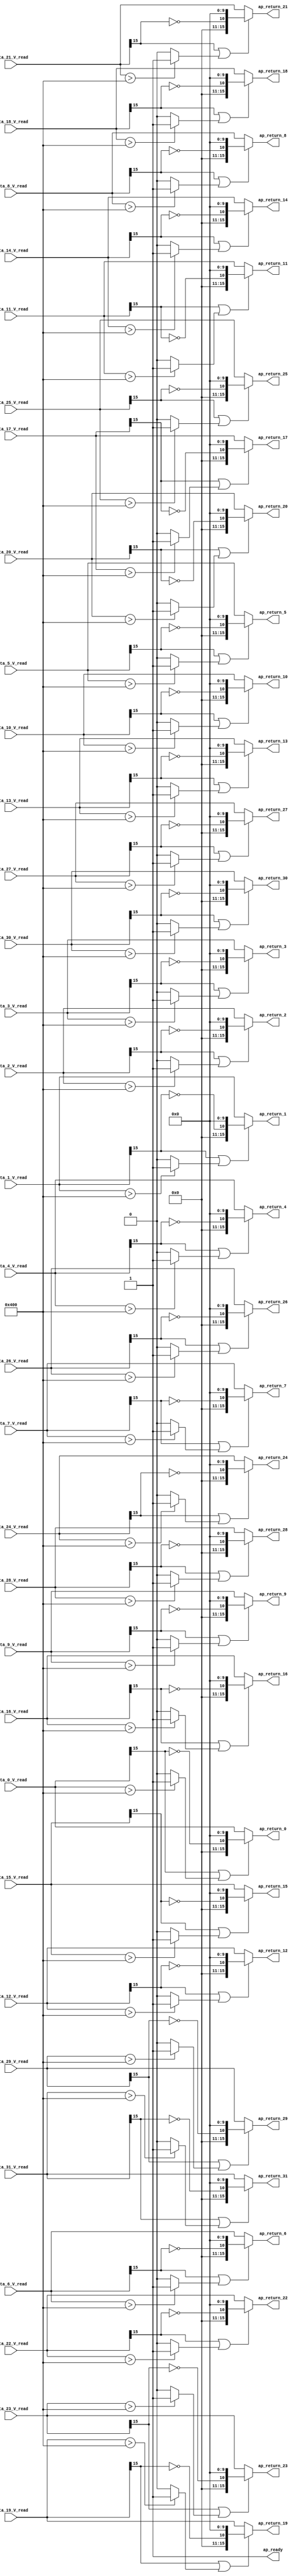

module relu_max_ap_fixed_ap_fixed_1_relu1_config9_s (
        ap_ready,
        data_0_V_read,
        data_1_V_read,
        data_2_V_read,
        data_3_V_read,
        data_4_V_read,
        data_5_V_read,
        data_6_V_read,
        data_7_V_read,
        data_8_V_read,
        data_9_V_read,
        data_10_V_read,
        data_11_V_read,
        data_12_V_read,
        data_13_V_read,
        data_14_V_read,
        data_15_V_read,
        data_16_V_read,
        data_17_V_read,
        data_18_V_read,
        data_19_V_read,
        data_20_V_read,
        data_21_V_read,
        data_22_V_read,
        data_23_V_read,
        data_24_V_read,
        data_25_V_read,
        data_26_V_read,
        data_27_V_read,
        data_28_V_read,
        data_29_V_read,
        data_30_V_read,
        data_31_V_read,
        ap_return_0,
        ap_return_1,
        ap_return_2,
        ap_return_3,
        ap_return_4,
        ap_return_5,
        ap_return_6,
        ap_return_7,
        ap_return_8,
        ap_return_9,
        ap_return_10,
        ap_return_11,
        ap_return_12,
        ap_return_13,
        ap_return_14,
        ap_return_15,
        ap_return_16,
        ap_return_17,
        ap_return_18,
        ap_return_19,
        ap_return_20,
        ap_return_21,
        ap_return_22,
        ap_return_23,
        ap_return_24,
        ap_return_25,
        ap_return_26,
        ap_return_27,
        ap_return_28,
        ap_return_29,
        ap_return_30,
        ap_return_31
);


output   ap_ready;
input  [15:0] data_0_V_read;
input  [15:0] data_1_V_read;
input  [15:0] data_2_V_read;
input  [15:0] data_3_V_read;
input  [15:0] data_4_V_read;
input  [15:0] data_5_V_read;
input  [15:0] data_6_V_read;
input  [15:0] data_7_V_read;
input  [15:0] data_8_V_read;
input  [15:0] data_9_V_read;
input  [15:0] data_10_V_read;
input  [15:0] data_11_V_read;
input  [15:0] data_12_V_read;
input  [15:0] data_13_V_read;
input  [15:0] data_14_V_read;
input  [15:0] data_15_V_read;
input  [15:0] data_16_V_read;
input  [15:0] data_17_V_read;
input  [15:0] data_18_V_read;
input  [15:0] data_19_V_read;
input  [15:0] data_20_V_read;
input  [15:0] data_21_V_read;
input  [15:0] data_22_V_read;
input  [15:0] data_23_V_read;
input  [15:0] data_24_V_read;
input  [15:0] data_25_V_read;
input  [15:0] data_26_V_read;
input  [15:0] data_27_V_read;
input  [15:0] data_28_V_read;
input  [15:0] data_29_V_read;
input  [15:0] data_30_V_read;
input  [15:0] data_31_V_read;
output  [15:0] ap_return_0;
output  [15:0] ap_return_1;
output  [15:0] ap_return_2;
output  [15:0] ap_return_3;
output  [15:0] ap_return_4;
output  [15:0] ap_return_5;
output  [15:0] ap_return_6;
output  [15:0] ap_return_7;
output  [15:0] ap_return_8;
output  [15:0] ap_return_9;
output  [15:0] ap_return_10;
output  [15:0] ap_return_11;
output  [15:0] ap_return_12;
output  [15:0] ap_return_13;
output  [15:0] ap_return_14;
output  [15:0] ap_return_15;
output  [15:0] ap_return_16;
output  [15:0] ap_return_17;
output  [15:0] ap_return_18;
output  [15:0] ap_return_19;
output  [15:0] ap_return_20;
output  [15:0] ap_return_21;
output  [15:0] ap_return_22;
output  [15:0] ap_return_23;
output  [15:0] ap_return_24;
output  [15:0] ap_return_25;
output  [15:0] ap_return_26;
output  [15:0] ap_return_27;
output  [15:0] ap_return_28;
output  [15:0] ap_return_29;
output  [15:0] ap_return_30;
output  [15:0] ap_return_31;

wire   [0:0] tmp_2_fu_302_p3;
wire   [0:0] xor_ln1495_fu_310_p2;
wire   [10:0] tmp_3_fu_316_p3;
wire   [0:0] tmp_1_fu_288_p3;
wire   [0:0] icmp_ln1494_fu_296_p2;
wire   [0:0] or_ln1495_fu_328_p2;
wire   [15:0] zext_ln1495_fu_324_p1;
wire   [0:0] tmp_5_fu_356_p3;
wire   [0:0] xor_ln1495_1_fu_364_p2;
wire   [10:0] tmp_6_fu_370_p3;
wire   [0:0] tmp_4_fu_342_p3;
wire   [0:0] icmp_ln1494_1_fu_350_p2;
wire   [0:0] or_ln1495_1_fu_382_p2;
wire   [15:0] zext_ln1495_1_fu_378_p1;
wire   [0:0] tmp_8_fu_410_p3;
wire   [0:0] xor_ln1495_2_fu_418_p2;
wire   [10:0] tmp_9_fu_424_p3;
wire   [0:0] tmp_7_fu_396_p3;
wire   [0:0] icmp_ln1494_2_fu_404_p2;
wire   [0:0] or_ln1495_2_fu_436_p2;
wire   [15:0] zext_ln1495_2_fu_432_p1;
wire   [0:0] tmp_11_fu_464_p3;
wire   [0:0] xor_ln1495_3_fu_472_p2;
wire   [10:0] tmp_12_fu_478_p3;
wire   [0:0] tmp_10_fu_450_p3;
wire   [0:0] icmp_ln1494_3_fu_458_p2;
wire   [0:0] or_ln1495_3_fu_490_p2;
wire   [15:0] zext_ln1495_3_fu_486_p1;
wire   [0:0] tmp_14_fu_518_p3;
wire   [0:0] xor_ln1495_4_fu_526_p2;
wire   [10:0] tmp_15_fu_532_p3;
wire   [0:0] tmp_13_fu_504_p3;
wire   [0:0] icmp_ln1494_4_fu_512_p2;
wire   [0:0] or_ln1495_4_fu_544_p2;
wire   [15:0] zext_ln1495_4_fu_540_p1;
wire   [0:0] tmp_17_fu_572_p3;
wire   [0:0] xor_ln1495_5_fu_580_p2;
wire   [10:0] tmp_18_fu_586_p3;
wire   [0:0] tmp_16_fu_558_p3;
wire   [0:0] icmp_ln1494_5_fu_566_p2;
wire   [0:0] or_ln1495_5_fu_598_p2;
wire   [15:0] zext_ln1495_5_fu_594_p1;
wire   [0:0] tmp_20_fu_626_p3;
wire   [0:0] xor_ln1495_6_fu_634_p2;
wire   [10:0] tmp_21_fu_640_p3;
wire   [0:0] tmp_19_fu_612_p3;
wire   [0:0] icmp_ln1494_6_fu_620_p2;
wire   [0:0] or_ln1495_6_fu_652_p2;
wire   [15:0] zext_ln1495_6_fu_648_p1;
wire   [0:0] tmp_23_fu_680_p3;
wire   [0:0] xor_ln1495_7_fu_688_p2;
wire   [10:0] tmp_24_fu_694_p3;
wire   [0:0] tmp_22_fu_666_p3;
wire   [0:0] icmp_ln1494_7_fu_674_p2;
wire   [0:0] or_ln1495_7_fu_706_p2;
wire   [15:0] zext_ln1495_7_fu_702_p1;
wire   [0:0] tmp_26_fu_734_p3;
wire   [0:0] xor_ln1495_8_fu_742_p2;
wire   [10:0] tmp_27_fu_748_p3;
wire   [0:0] tmp_25_fu_720_p3;
wire   [0:0] icmp_ln1494_8_fu_728_p2;
wire   [0:0] or_ln1495_8_fu_760_p2;
wire   [15:0] zext_ln1495_8_fu_756_p1;
wire   [0:0] tmp_29_fu_788_p3;
wire   [0:0] xor_ln1495_9_fu_796_p2;
wire   [10:0] tmp_30_fu_802_p3;
wire   [0:0] tmp_28_fu_774_p3;
wire   [0:0] icmp_ln1494_9_fu_782_p2;
wire   [0:0] or_ln1495_9_fu_814_p2;
wire   [15:0] zext_ln1495_9_fu_810_p1;
wire   [0:0] tmp_32_fu_842_p3;
wire   [0:0] xor_ln1495_10_fu_850_p2;
wire   [10:0] tmp_33_fu_856_p3;
wire   [0:0] tmp_31_fu_828_p3;
wire   [0:0] icmp_ln1494_10_fu_836_p2;
wire   [0:0] or_ln1495_10_fu_868_p2;
wire   [15:0] zext_ln1495_10_fu_864_p1;
wire   [0:0] tmp_35_fu_896_p3;
wire   [0:0] xor_ln1495_11_fu_904_p2;
wire   [10:0] tmp_36_fu_910_p3;
wire   [0:0] tmp_34_fu_882_p3;
wire   [0:0] icmp_ln1494_11_fu_890_p2;
wire   [0:0] or_ln1495_11_fu_922_p2;
wire   [15:0] zext_ln1495_11_fu_918_p1;
wire   [0:0] tmp_38_fu_950_p3;
wire   [0:0] xor_ln1495_12_fu_958_p2;
wire   [10:0] tmp_39_fu_964_p3;
wire   [0:0] tmp_37_fu_936_p3;
wire   [0:0] icmp_ln1494_12_fu_944_p2;
wire   [0:0] or_ln1495_12_fu_976_p2;
wire   [15:0] zext_ln1495_12_fu_972_p1;
wire   [0:0] tmp_41_fu_1004_p3;
wire   [0:0] xor_ln1495_13_fu_1012_p2;
wire   [10:0] tmp_42_fu_1018_p3;
wire   [0:0] tmp_40_fu_990_p3;
wire   [0:0] icmp_ln1494_13_fu_998_p2;
wire   [0:0] or_ln1495_13_fu_1030_p2;
wire   [15:0] zext_ln1495_13_fu_1026_p1;
wire   [0:0] tmp_44_fu_1058_p3;
wire   [0:0] xor_ln1495_14_fu_1066_p2;
wire   [10:0] tmp_45_fu_1072_p3;
wire   [0:0] tmp_43_fu_1044_p3;
wire   [0:0] icmp_ln1494_14_fu_1052_p2;
wire   [0:0] or_ln1495_14_fu_1084_p2;
wire   [15:0] zext_ln1495_14_fu_1080_p1;
wire   [0:0] tmp_47_fu_1112_p3;
wire   [0:0] xor_ln1495_15_fu_1120_p2;
wire   [10:0] tmp_48_fu_1126_p3;
wire   [0:0] tmp_46_fu_1098_p3;
wire   [0:0] icmp_ln1494_15_fu_1106_p2;
wire   [0:0] or_ln1495_15_fu_1138_p2;
wire   [15:0] zext_ln1495_15_fu_1134_p1;
wire   [0:0] tmp_50_fu_1166_p3;
wire   [0:0] xor_ln1495_16_fu_1174_p2;
wire   [10:0] tmp_51_fu_1180_p3;
wire   [0:0] tmp_49_fu_1152_p3;
wire   [0:0] icmp_ln1494_16_fu_1160_p2;
wire   [0:0] or_ln1495_16_fu_1192_p2;
wire   [15:0] zext_ln1495_16_fu_1188_p1;
wire   [0:0] tmp_53_fu_1220_p3;
wire   [0:0] xor_ln1495_17_fu_1228_p2;
wire   [10:0] tmp_54_fu_1234_p3;
wire   [0:0] tmp_52_fu_1206_p3;
wire   [0:0] icmp_ln1494_17_fu_1214_p2;
wire   [0:0] or_ln1495_17_fu_1246_p2;
wire   [15:0] zext_ln1495_17_fu_1242_p1;
wire   [0:0] tmp_56_fu_1274_p3;
wire   [0:0] xor_ln1495_18_fu_1282_p2;
wire   [10:0] tmp_57_fu_1288_p3;
wire   [0:0] tmp_55_fu_1260_p3;
wire   [0:0] icmp_ln1494_18_fu_1268_p2;
wire   [0:0] or_ln1495_18_fu_1300_p2;
wire   [15:0] zext_ln1495_18_fu_1296_p1;
wire   [0:0] tmp_59_fu_1328_p3;
wire   [0:0] xor_ln1495_19_fu_1336_p2;
wire   [10:0] tmp_60_fu_1342_p3;
wire   [0:0] tmp_58_fu_1314_p3;
wire   [0:0] icmp_ln1494_19_fu_1322_p2;
wire   [0:0] or_ln1495_19_fu_1354_p2;
wire   [15:0] zext_ln1495_19_fu_1350_p1;
wire   [0:0] tmp_62_fu_1382_p3;
wire   [0:0] xor_ln1495_20_fu_1390_p2;
wire   [10:0] tmp_63_fu_1396_p3;
wire   [0:0] tmp_61_fu_1368_p3;
wire   [0:0] icmp_ln1494_20_fu_1376_p2;
wire   [0:0] or_ln1495_20_fu_1408_p2;
wire   [15:0] zext_ln1495_20_fu_1404_p1;
wire   [0:0] tmp_65_fu_1436_p3;
wire   [0:0] xor_ln1495_21_fu_1444_p2;
wire   [10:0] tmp_66_fu_1450_p3;
wire   [0:0] tmp_64_fu_1422_p3;
wire   [0:0] icmp_ln1494_21_fu_1430_p2;
wire   [0:0] or_ln1495_21_fu_1462_p2;
wire   [15:0] zext_ln1495_21_fu_1458_p1;
wire   [0:0] tmp_68_fu_1490_p3;
wire   [0:0] xor_ln1495_22_fu_1498_p2;
wire   [10:0] tmp_69_fu_1504_p3;
wire   [0:0] tmp_67_fu_1476_p3;
wire   [0:0] icmp_ln1494_22_fu_1484_p2;
wire   [0:0] or_ln1495_22_fu_1516_p2;
wire   [15:0] zext_ln1495_22_fu_1512_p1;
wire   [0:0] tmp_71_fu_1544_p3;
wire   [0:0] xor_ln1495_23_fu_1552_p2;
wire   [10:0] tmp_72_fu_1558_p3;
wire   [0:0] tmp_70_fu_1530_p3;
wire   [0:0] icmp_ln1494_23_fu_1538_p2;
wire   [0:0] or_ln1495_23_fu_1570_p2;
wire   [15:0] zext_ln1495_23_fu_1566_p1;
wire   [0:0] tmp_74_fu_1598_p3;
wire   [0:0] xor_ln1495_24_fu_1606_p2;
wire   [10:0] tmp_75_fu_1612_p3;
wire   [0:0] tmp_73_fu_1584_p3;
wire   [0:0] icmp_ln1494_24_fu_1592_p2;
wire   [0:0] or_ln1495_24_fu_1624_p2;
wire   [15:0] zext_ln1495_24_fu_1620_p1;
wire   [0:0] tmp_77_fu_1652_p3;
wire   [0:0] xor_ln1495_25_fu_1660_p2;
wire   [10:0] tmp_78_fu_1666_p3;
wire   [0:0] tmp_76_fu_1638_p3;
wire   [0:0] icmp_ln1494_25_fu_1646_p2;
wire   [0:0] or_ln1495_25_fu_1678_p2;
wire   [15:0] zext_ln1495_25_fu_1674_p1;
wire   [0:0] tmp_80_fu_1706_p3;
wire   [0:0] xor_ln1495_26_fu_1714_p2;
wire   [10:0] tmp_81_fu_1720_p3;
wire   [0:0] tmp_79_fu_1692_p3;
wire   [0:0] icmp_ln1494_26_fu_1700_p2;
wire   [0:0] or_ln1495_26_fu_1732_p2;
wire   [15:0] zext_ln1495_26_fu_1728_p1;
wire   [0:0] tmp_83_fu_1760_p3;
wire   [0:0] xor_ln1495_27_fu_1768_p2;
wire   [10:0] tmp_84_fu_1774_p3;
wire   [0:0] tmp_82_fu_1746_p3;
wire   [0:0] icmp_ln1494_27_fu_1754_p2;
wire   [0:0] or_ln1495_27_fu_1786_p2;
wire   [15:0] zext_ln1495_27_fu_1782_p1;
wire   [0:0] tmp_86_fu_1814_p3;
wire   [0:0] xor_ln1495_28_fu_1822_p2;
wire   [10:0] tmp_87_fu_1828_p3;
wire   [0:0] tmp_85_fu_1800_p3;
wire   [0:0] icmp_ln1494_28_fu_1808_p2;
wire   [0:0] or_ln1495_28_fu_1840_p2;
wire   [15:0] zext_ln1495_28_fu_1836_p1;
wire   [0:0] tmp_89_fu_1868_p3;
wire   [0:0] xor_ln1495_29_fu_1876_p2;
wire   [10:0] tmp_90_fu_1882_p3;
wire   [0:0] tmp_88_fu_1854_p3;
wire   [0:0] icmp_ln1494_29_fu_1862_p2;
wire   [0:0] or_ln1495_29_fu_1894_p2;
wire   [15:0] zext_ln1495_29_fu_1890_p1;
wire   [0:0] tmp_92_fu_1922_p3;
wire   [0:0] xor_ln1495_30_fu_1930_p2;
wire   [10:0] tmp_93_fu_1936_p3;
wire   [0:0] tmp_91_fu_1908_p3;
wire   [0:0] icmp_ln1494_30_fu_1916_p2;
wire   [0:0] or_ln1495_30_fu_1948_p2;
wire   [15:0] zext_ln1495_30_fu_1944_p1;
wire   [0:0] tmp_95_fu_1976_p3;
wire   [0:0] xor_ln1495_31_fu_1984_p2;
wire   [10:0] tmp_96_fu_1990_p3;
wire   [0:0] tmp_94_fu_1962_p3;
wire   [0:0] icmp_ln1494_31_fu_1970_p2;
wire   [0:0] or_ln1495_31_fu_2002_p2;
wire   [15:0] zext_ln1495_31_fu_1998_p1;
wire   [15:0] select_ln1495_fu_334_p3;
wire   [15:0] select_ln1495_1_fu_388_p3;
wire   [15:0] select_ln1495_2_fu_442_p3;
wire   [15:0] select_ln1495_3_fu_496_p3;
wire   [15:0] select_ln1495_4_fu_550_p3;
wire   [15:0] select_ln1495_5_fu_604_p3;
wire   [15:0] select_ln1495_6_fu_658_p3;
wire   [15:0] select_ln1495_7_fu_712_p3;
wire   [15:0] select_ln1495_8_fu_766_p3;
wire   [15:0] select_ln1495_9_fu_820_p3;
wire   [15:0] select_ln1495_10_fu_874_p3;
wire   [15:0] select_ln1495_11_fu_928_p3;
wire   [15:0] select_ln1495_12_fu_982_p3;
wire   [15:0] select_ln1495_13_fu_1036_p3;
wire   [15:0] select_ln1495_14_fu_1090_p3;
wire   [15:0] select_ln1495_15_fu_1144_p3;
wire   [15:0] select_ln1495_16_fu_1198_p3;
wire   [15:0] select_ln1495_17_fu_1252_p3;
wire   [15:0] select_ln1495_18_fu_1306_p3;
wire   [15:0] select_ln1495_19_fu_1360_p3;
wire   [15:0] select_ln1495_20_fu_1414_p3;
wire   [15:0] select_ln1495_21_fu_1468_p3;
wire   [15:0] select_ln1495_22_fu_1522_p3;
wire   [15:0] select_ln1495_23_fu_1576_p3;
wire   [15:0] select_ln1495_24_fu_1630_p3;
wire   [15:0] select_ln1495_25_fu_1684_p3;
wire   [15:0] select_ln1495_26_fu_1738_p3;
wire   [15:0] select_ln1495_27_fu_1792_p3;
wire   [15:0] select_ln1495_28_fu_1846_p3;
wire   [15:0] select_ln1495_29_fu_1900_p3;
wire   [15:0] select_ln1495_30_fu_1954_p3;
wire   [15:0] select_ln1495_31_fu_2008_p3;

assign ap_ready = 1'b1;

assign ap_return_0 = select_ln1495_fu_334_p3;

assign ap_return_1 = select_ln1495_1_fu_388_p3;

assign ap_return_10 = select_ln1495_10_fu_874_p3;

assign ap_return_11 = select_ln1495_11_fu_928_p3;

assign ap_return_12 = select_ln1495_12_fu_982_p3;

assign ap_return_13 = select_ln1495_13_fu_1036_p3;

assign ap_return_14 = select_ln1495_14_fu_1090_p3;

assign ap_return_15 = select_ln1495_15_fu_1144_p3;

assign ap_return_16 = select_ln1495_16_fu_1198_p3;

assign ap_return_17 = select_ln1495_17_fu_1252_p3;

assign ap_return_18 = select_ln1495_18_fu_1306_p3;

assign ap_return_19 = select_ln1495_19_fu_1360_p3;

assign ap_return_2 = select_ln1495_2_fu_442_p3;

assign ap_return_20 = select_ln1495_20_fu_1414_p3;

assign ap_return_21 = select_ln1495_21_fu_1468_p3;

assign ap_return_22 = select_ln1495_22_fu_1522_p3;

assign ap_return_23 = select_ln1495_23_fu_1576_p3;

assign ap_return_24 = select_ln1495_24_fu_1630_p3;

assign ap_return_25 = select_ln1495_25_fu_1684_p3;

assign ap_return_26 = select_ln1495_26_fu_1738_p3;

assign ap_return_27 = select_ln1495_27_fu_1792_p3;

assign ap_return_28 = select_ln1495_28_fu_1846_p3;

assign ap_return_29 = select_ln1495_29_fu_1900_p3;

assign ap_return_3 = select_ln1495_3_fu_496_p3;

assign ap_return_30 = select_ln1495_30_fu_1954_p3;

assign ap_return_31 = select_ln1495_31_fu_2008_p3;

assign ap_return_4 = select_ln1495_4_fu_550_p3;

assign ap_return_5 = select_ln1495_5_fu_604_p3;

assign ap_return_6 = select_ln1495_6_fu_658_p3;

assign ap_return_7 = select_ln1495_7_fu_712_p3;

assign ap_return_8 = select_ln1495_8_fu_766_p3;

assign ap_return_9 = select_ln1495_9_fu_820_p3;

assign icmp_ln1494_10_fu_836_p2 = (((data_10_V_read) > (16'd1024)) ? 1'b1 : 1'b0);

assign icmp_ln1494_11_fu_890_p2 = (((data_11_V_read) > (16'd1024)) ? 1'b1 : 1'b0);

assign icmp_ln1494_12_fu_944_p2 = (((data_12_V_read) > (16'd1024)) ? 1'b1 : 1'b0);

assign icmp_ln1494_13_fu_998_p2 = (((data_13_V_read) > (16'd1024)) ? 1'b1 : 1'b0);

assign icmp_ln1494_14_fu_1052_p2 = (((data_14_V_read) > (16'd1024)) ? 1'b1 : 1'b0);

assign icmp_ln1494_15_fu_1106_p2 = (((data_15_V_read) > (16'd1024)) ? 1'b1 : 1'b0);

assign icmp_ln1494_16_fu_1160_p2 = (((data_16_V_read) > (16'd1024)) ? 1'b1 : 1'b0);

assign icmp_ln1494_17_fu_1214_p2 = (((data_17_V_read) > (16'd1024)) ? 1'b1 : 1'b0);

assign icmp_ln1494_18_fu_1268_p2 = (((data_18_V_read) > (16'd1024)) ? 1'b1 : 1'b0);

assign icmp_ln1494_19_fu_1322_p2 = (((data_19_V_read) > (16'd1024)) ? 1'b1 : 1'b0);

assign icmp_ln1494_1_fu_350_p2 = (((data_1_V_read) > (16'd1024)) ? 1'b1 : 1'b0);

assign icmp_ln1494_20_fu_1376_p2 = (((data_20_V_read) > (16'd1024)) ? 1'b1 : 1'b0);

assign icmp_ln1494_21_fu_1430_p2 = (((data_21_V_read) > (16'd1024)) ? 1'b1 : 1'b0);

assign icmp_ln1494_22_fu_1484_p2 = (((data_22_V_read) > (16'd1024)) ? 1'b1 : 1'b0);

assign icmp_ln1494_23_fu_1538_p2 = (((data_23_V_read) > (16'd1024)) ? 1'b1 : 1'b0);

assign icmp_ln1494_24_fu_1592_p2 = (((data_24_V_read) > (16'd1024)) ? 1'b1 : 1'b0);

assign icmp_ln1494_25_fu_1646_p2 = (((data_25_V_read) > (16'd1024)) ? 1'b1 : 1'b0);

assign icmp_ln1494_26_fu_1700_p2 = (((data_26_V_read) > (16'd1024)) ? 1'b1 : 1'b0);

assign icmp_ln1494_27_fu_1754_p2 = (((data_27_V_read) > (16'd1024)) ? 1'b1 : 1'b0);

assign icmp_ln1494_28_fu_1808_p2 = (((data_28_V_read) > (16'd1024)) ? 1'b1 : 1'b0);

assign icmp_ln1494_29_fu_1862_p2 = (((data_29_V_read) > (16'd1024)) ? 1'b1 : 1'b0);

assign icmp_ln1494_2_fu_404_p2 = (((data_2_V_read) > (16'd1024)) ? 1'b1 : 1'b0);

assign icmp_ln1494_30_fu_1916_p2 = (((data_30_V_read) > (16'd1024)) ? 1'b1 : 1'b0);

assign icmp_ln1494_31_fu_1970_p2 = (((data_31_V_read) > (16'd1024)) ? 1'b1 : 1'b0);

assign icmp_ln1494_3_fu_458_p2 = (((data_3_V_read) > (16'd1024)) ? 1'b1 : 1'b0);

assign icmp_ln1494_4_fu_512_p2 = (((data_4_V_read) > (16'd1024)) ? 1'b1 : 1'b0);

assign icmp_ln1494_5_fu_566_p2 = (((data_5_V_read) > (16'd1024)) ? 1'b1 : 1'b0);

assign icmp_ln1494_6_fu_620_p2 = (((data_6_V_read) > (16'd1024)) ? 1'b1 : 1'b0);

assign icmp_ln1494_7_fu_674_p2 = (((data_7_V_read) > (16'd1024)) ? 1'b1 : 1'b0);

assign icmp_ln1494_8_fu_728_p2 = (((data_8_V_read) > (16'd1024)) ? 1'b1 : 1'b0);

assign icmp_ln1494_9_fu_782_p2 = (((data_9_V_read) > (16'd1024)) ? 1'b1 : 1'b0);

assign icmp_ln1494_fu_296_p2 = (((data_0_V_read) > (16'd1024)) ? 1'b1 : 1'b0);

assign or_ln1495_10_fu_868_p2 = (tmp_31_fu_828_p3 | icmp_ln1494_10_fu_836_p2);

assign or_ln1495_11_fu_922_p2 = (tmp_34_fu_882_p3 | icmp_ln1494_11_fu_890_p2);

assign or_ln1495_12_fu_976_p2 = (tmp_37_fu_936_p3 | icmp_ln1494_12_fu_944_p2);

assign or_ln1495_13_fu_1030_p2 = (tmp_40_fu_990_p3 | icmp_ln1494_13_fu_998_p2);

assign or_ln1495_14_fu_1084_p2 = (tmp_43_fu_1044_p3 | icmp_ln1494_14_fu_1052_p2);

assign or_ln1495_15_fu_1138_p2 = (tmp_46_fu_1098_p3 | icmp_ln1494_15_fu_1106_p2);

assign or_ln1495_16_fu_1192_p2 = (tmp_49_fu_1152_p3 | icmp_ln1494_16_fu_1160_p2);

assign or_ln1495_17_fu_1246_p2 = (tmp_52_fu_1206_p3 | icmp_ln1494_17_fu_1214_p2);

assign or_ln1495_18_fu_1300_p2 = (tmp_55_fu_1260_p3 | icmp_ln1494_18_fu_1268_p2);

assign or_ln1495_19_fu_1354_p2 = (tmp_58_fu_1314_p3 | icmp_ln1494_19_fu_1322_p2);

assign or_ln1495_1_fu_382_p2 = (tmp_4_fu_342_p3 | icmp_ln1494_1_fu_350_p2);

assign or_ln1495_20_fu_1408_p2 = (tmp_61_fu_1368_p3 | icmp_ln1494_20_fu_1376_p2);

assign or_ln1495_21_fu_1462_p2 = (tmp_64_fu_1422_p3 | icmp_ln1494_21_fu_1430_p2);

assign or_ln1495_22_fu_1516_p2 = (tmp_67_fu_1476_p3 | icmp_ln1494_22_fu_1484_p2);

assign or_ln1495_23_fu_1570_p2 = (tmp_70_fu_1530_p3 | icmp_ln1494_23_fu_1538_p2);

assign or_ln1495_24_fu_1624_p2 = (tmp_73_fu_1584_p3 | icmp_ln1494_24_fu_1592_p2);

assign or_ln1495_25_fu_1678_p2 = (tmp_76_fu_1638_p3 | icmp_ln1494_25_fu_1646_p2);

assign or_ln1495_26_fu_1732_p2 = (tmp_79_fu_1692_p3 | icmp_ln1494_26_fu_1700_p2);

assign or_ln1495_27_fu_1786_p2 = (tmp_82_fu_1746_p3 | icmp_ln1494_27_fu_1754_p2);

assign or_ln1495_28_fu_1840_p2 = (tmp_85_fu_1800_p3 | icmp_ln1494_28_fu_1808_p2);

assign or_ln1495_29_fu_1894_p2 = (tmp_88_fu_1854_p3 | icmp_ln1494_29_fu_1862_p2);

assign or_ln1495_2_fu_436_p2 = (tmp_7_fu_396_p3 | icmp_ln1494_2_fu_404_p2);

assign or_ln1495_30_fu_1948_p2 = (tmp_91_fu_1908_p3 | icmp_ln1494_30_fu_1916_p2);

assign or_ln1495_31_fu_2002_p2 = (tmp_94_fu_1962_p3 | icmp_ln1494_31_fu_1970_p2);

assign or_ln1495_3_fu_490_p2 = (tmp_10_fu_450_p3 | icmp_ln1494_3_fu_458_p2);

assign or_ln1495_4_fu_544_p2 = (tmp_13_fu_504_p3 | icmp_ln1494_4_fu_512_p2);

assign or_ln1495_5_fu_598_p2 = (tmp_16_fu_558_p3 | icmp_ln1494_5_fu_566_p2);

assign or_ln1495_6_fu_652_p2 = (tmp_19_fu_612_p3 | icmp_ln1494_6_fu_620_p2);

assign or_ln1495_7_fu_706_p2 = (tmp_22_fu_666_p3 | icmp_ln1494_7_fu_674_p2);

assign or_ln1495_8_fu_760_p2 = (tmp_25_fu_720_p3 | icmp_ln1494_8_fu_728_p2);

assign or_ln1495_9_fu_814_p2 = (tmp_28_fu_774_p3 | icmp_ln1494_9_fu_782_p2);

assign or_ln1495_fu_328_p2 = (tmp_1_fu_288_p3 | icmp_ln1494_fu_296_p2);

assign select_ln1495_10_fu_874_p3 = ((or_ln1495_10_fu_868_p2[0:0] == 1'b1) ? zext_ln1495_10_fu_864_p1 : data_10_V_read);

assign select_ln1495_11_fu_928_p3 = ((or_ln1495_11_fu_922_p2[0:0] == 1'b1) ? zext_ln1495_11_fu_918_p1 : data_11_V_read);

assign select_ln1495_12_fu_982_p3 = ((or_ln1495_12_fu_976_p2[0:0] == 1'b1) ? zext_ln1495_12_fu_972_p1 : data_12_V_read);

assign select_ln1495_13_fu_1036_p3 = ((or_ln1495_13_fu_1030_p2[0:0] == 1'b1) ? zext_ln1495_13_fu_1026_p1 : data_13_V_read);

assign select_ln1495_14_fu_1090_p3 = ((or_ln1495_14_fu_1084_p2[0:0] == 1'b1) ? zext_ln1495_14_fu_1080_p1 : data_14_V_read);

assign select_ln1495_15_fu_1144_p3 = ((or_ln1495_15_fu_1138_p2[0:0] == 1'b1) ? zext_ln1495_15_fu_1134_p1 : data_15_V_read);

assign select_ln1495_16_fu_1198_p3 = ((or_ln1495_16_fu_1192_p2[0:0] == 1'b1) ? zext_ln1495_16_fu_1188_p1 : data_16_V_read);

assign select_ln1495_17_fu_1252_p3 = ((or_ln1495_17_fu_1246_p2[0:0] == 1'b1) ? zext_ln1495_17_fu_1242_p1 : data_17_V_read);

assign select_ln1495_18_fu_1306_p3 = ((or_ln1495_18_fu_1300_p2[0:0] == 1'b1) ? zext_ln1495_18_fu_1296_p1 : data_18_V_read);

assign select_ln1495_19_fu_1360_p3 = ((or_ln1495_19_fu_1354_p2[0:0] == 1'b1) ? zext_ln1495_19_fu_1350_p1 : data_19_V_read);

assign select_ln1495_1_fu_388_p3 = ((or_ln1495_1_fu_382_p2[0:0] == 1'b1) ? zext_ln1495_1_fu_378_p1 : data_1_V_read);

assign select_ln1495_20_fu_1414_p3 = ((or_ln1495_20_fu_1408_p2[0:0] == 1'b1) ? zext_ln1495_20_fu_1404_p1 : data_20_V_read);

assign select_ln1495_21_fu_1468_p3 = ((or_ln1495_21_fu_1462_p2[0:0] == 1'b1) ? zext_ln1495_21_fu_1458_p1 : data_21_V_read);

assign select_ln1495_22_fu_1522_p3 = ((or_ln1495_22_fu_1516_p2[0:0] == 1'b1) ? zext_ln1495_22_fu_1512_p1 : data_22_V_read);

assign select_ln1495_23_fu_1576_p3 = ((or_ln1495_23_fu_1570_p2[0:0] == 1'b1) ? zext_ln1495_23_fu_1566_p1 : data_23_V_read);

assign select_ln1495_24_fu_1630_p3 = ((or_ln1495_24_fu_1624_p2[0:0] == 1'b1) ? zext_ln1495_24_fu_1620_p1 : data_24_V_read);

assign select_ln1495_25_fu_1684_p3 = ((or_ln1495_25_fu_1678_p2[0:0] == 1'b1) ? zext_ln1495_25_fu_1674_p1 : data_25_V_read);

assign select_ln1495_26_fu_1738_p3 = ((or_ln1495_26_fu_1732_p2[0:0] == 1'b1) ? zext_ln1495_26_fu_1728_p1 : data_26_V_read);

assign select_ln1495_27_fu_1792_p3 = ((or_ln1495_27_fu_1786_p2[0:0] == 1'b1) ? zext_ln1495_27_fu_1782_p1 : data_27_V_read);

assign select_ln1495_28_fu_1846_p3 = ((or_ln1495_28_fu_1840_p2[0:0] == 1'b1) ? zext_ln1495_28_fu_1836_p1 : data_28_V_read);

assign select_ln1495_29_fu_1900_p3 = ((or_ln1495_29_fu_1894_p2[0:0] == 1'b1) ? zext_ln1495_29_fu_1890_p1 : data_29_V_read);

assign select_ln1495_2_fu_442_p3 = ((or_ln1495_2_fu_436_p2[0:0] == 1'b1) ? zext_ln1495_2_fu_432_p1 : data_2_V_read);

assign select_ln1495_30_fu_1954_p3 = ((or_ln1495_30_fu_1948_p2[0:0] == 1'b1) ? zext_ln1495_30_fu_1944_p1 : data_30_V_read);

assign select_ln1495_31_fu_2008_p3 = ((or_ln1495_31_fu_2002_p2[0:0] == 1'b1) ? zext_ln1495_31_fu_1998_p1 : data_31_V_read);

assign select_ln1495_3_fu_496_p3 = ((or_ln1495_3_fu_490_p2[0:0] == 1'b1) ? zext_ln1495_3_fu_486_p1 : data_3_V_read);

assign select_ln1495_4_fu_550_p3 = ((or_ln1495_4_fu_544_p2[0:0] == 1'b1) ? zext_ln1495_4_fu_540_p1 : data_4_V_read);

assign select_ln1495_5_fu_604_p3 = ((or_ln1495_5_fu_598_p2[0:0] == 1'b1) ? zext_ln1495_5_fu_594_p1 : data_5_V_read);

assign select_ln1495_6_fu_658_p3 = ((or_ln1495_6_fu_652_p2[0:0] == 1'b1) ? zext_ln1495_6_fu_648_p1 : data_6_V_read);

assign select_ln1495_7_fu_712_p3 = ((or_ln1495_7_fu_706_p2[0:0] == 1'b1) ? zext_ln1495_7_fu_702_p1 : data_7_V_read);

assign select_ln1495_8_fu_766_p3 = ((or_ln1495_8_fu_760_p2[0:0] == 1'b1) ? zext_ln1495_8_fu_756_p1 : data_8_V_read);

assign select_ln1495_9_fu_820_p3 = ((or_ln1495_9_fu_814_p2[0:0] == 1'b1) ? zext_ln1495_9_fu_810_p1 : data_9_V_read);

assign select_ln1495_fu_334_p3 = ((or_ln1495_fu_328_p2[0:0] == 1'b1) ? zext_ln1495_fu_324_p1 : data_0_V_read);

assign tmp_10_fu_450_p3 = data_3_V_read[32'd15];

assign tmp_11_fu_464_p3 = data_3_V_read[32'd15];

assign tmp_12_fu_478_p3 = {{xor_ln1495_3_fu_472_p2}, {10'd0}};

assign tmp_13_fu_504_p3 = data_4_V_read[32'd15];

assign tmp_14_fu_518_p3 = data_4_V_read[32'd15];

assign tmp_15_fu_532_p3 = {{xor_ln1495_4_fu_526_p2}, {10'd0}};

assign tmp_16_fu_558_p3 = data_5_V_read[32'd15];

assign tmp_17_fu_572_p3 = data_5_V_read[32'd15];

assign tmp_18_fu_586_p3 = {{xor_ln1495_5_fu_580_p2}, {10'd0}};

assign tmp_19_fu_612_p3 = data_6_V_read[32'd15];

assign tmp_1_fu_288_p3 = data_0_V_read[32'd15];

assign tmp_20_fu_626_p3 = data_6_V_read[32'd15];

assign tmp_21_fu_640_p3 = {{xor_ln1495_6_fu_634_p2}, {10'd0}};

assign tmp_22_fu_666_p3 = data_7_V_read[32'd15];

assign tmp_23_fu_680_p3 = data_7_V_read[32'd15];

assign tmp_24_fu_694_p3 = {{xor_ln1495_7_fu_688_p2}, {10'd0}};

assign tmp_25_fu_720_p3 = data_8_V_read[32'd15];

assign tmp_26_fu_734_p3 = data_8_V_read[32'd15];

assign tmp_27_fu_748_p3 = {{xor_ln1495_8_fu_742_p2}, {10'd0}};

assign tmp_28_fu_774_p3 = data_9_V_read[32'd15];

assign tmp_29_fu_788_p3 = data_9_V_read[32'd15];

assign tmp_2_fu_302_p3 = data_0_V_read[32'd15];

assign tmp_30_fu_802_p3 = {{xor_ln1495_9_fu_796_p2}, {10'd0}};

assign tmp_31_fu_828_p3 = data_10_V_read[32'd15];

assign tmp_32_fu_842_p3 = data_10_V_read[32'd15];

assign tmp_33_fu_856_p3 = {{xor_ln1495_10_fu_850_p2}, {10'd0}};

assign tmp_34_fu_882_p3 = data_11_V_read[32'd15];

assign tmp_35_fu_896_p3 = data_11_V_read[32'd15];

assign tmp_36_fu_910_p3 = {{xor_ln1495_11_fu_904_p2}, {10'd0}};

assign tmp_37_fu_936_p3 = data_12_V_read[32'd15];

assign tmp_38_fu_950_p3 = data_12_V_read[32'd15];

assign tmp_39_fu_964_p3 = {{xor_ln1495_12_fu_958_p2}, {10'd0}};

assign tmp_3_fu_316_p3 = {{xor_ln1495_fu_310_p2}, {10'd0}};

assign tmp_40_fu_990_p3 = data_13_V_read[32'd15];

assign tmp_41_fu_1004_p3 = data_13_V_read[32'd15];

assign tmp_42_fu_1018_p3 = {{xor_ln1495_13_fu_1012_p2}, {10'd0}};

assign tmp_43_fu_1044_p3 = data_14_V_read[32'd15];

assign tmp_44_fu_1058_p3 = data_14_V_read[32'd15];

assign tmp_45_fu_1072_p3 = {{xor_ln1495_14_fu_1066_p2}, {10'd0}};

assign tmp_46_fu_1098_p3 = data_15_V_read[32'd15];

assign tmp_47_fu_1112_p3 = data_15_V_read[32'd15];

assign tmp_48_fu_1126_p3 = {{xor_ln1495_15_fu_1120_p2}, {10'd0}};

assign tmp_49_fu_1152_p3 = data_16_V_read[32'd15];

assign tmp_4_fu_342_p3 = data_1_V_read[32'd15];

assign tmp_50_fu_1166_p3 = data_16_V_read[32'd15];

assign tmp_51_fu_1180_p3 = {{xor_ln1495_16_fu_1174_p2}, {10'd0}};

assign tmp_52_fu_1206_p3 = data_17_V_read[32'd15];

assign tmp_53_fu_1220_p3 = data_17_V_read[32'd15];

assign tmp_54_fu_1234_p3 = {{xor_ln1495_17_fu_1228_p2}, {10'd0}};

assign tmp_55_fu_1260_p3 = data_18_V_read[32'd15];

assign tmp_56_fu_1274_p3 = data_18_V_read[32'd15];

assign tmp_57_fu_1288_p3 = {{xor_ln1495_18_fu_1282_p2}, {10'd0}};

assign tmp_58_fu_1314_p3 = data_19_V_read[32'd15];

assign tmp_59_fu_1328_p3 = data_19_V_read[32'd15];

assign tmp_5_fu_356_p3 = data_1_V_read[32'd15];

assign tmp_60_fu_1342_p3 = {{xor_ln1495_19_fu_1336_p2}, {10'd0}};

assign tmp_61_fu_1368_p3 = data_20_V_read[32'd15];

assign tmp_62_fu_1382_p3 = data_20_V_read[32'd15];

assign tmp_63_fu_1396_p3 = {{xor_ln1495_20_fu_1390_p2}, {10'd0}};

assign tmp_64_fu_1422_p3 = data_21_V_read[32'd15];

assign tmp_65_fu_1436_p3 = data_21_V_read[32'd15];

assign tmp_66_fu_1450_p3 = {{xor_ln1495_21_fu_1444_p2}, {10'd0}};

assign tmp_67_fu_1476_p3 = data_22_V_read[32'd15];

assign tmp_68_fu_1490_p3 = data_22_V_read[32'd15];

assign tmp_69_fu_1504_p3 = {{xor_ln1495_22_fu_1498_p2}, {10'd0}};

assign tmp_6_fu_370_p3 = {{xor_ln1495_1_fu_364_p2}, {10'd0}};

assign tmp_70_fu_1530_p3 = data_23_V_read[32'd15];

assign tmp_71_fu_1544_p3 = data_23_V_read[32'd15];

assign tmp_72_fu_1558_p3 = {{xor_ln1495_23_fu_1552_p2}, {10'd0}};

assign tmp_73_fu_1584_p3 = data_24_V_read[32'd15];

assign tmp_74_fu_1598_p3 = data_24_V_read[32'd15];

assign tmp_75_fu_1612_p3 = {{xor_ln1495_24_fu_1606_p2}, {10'd0}};

assign tmp_76_fu_1638_p3 = data_25_V_read[32'd15];

assign tmp_77_fu_1652_p3 = data_25_V_read[32'd15];

assign tmp_78_fu_1666_p3 = {{xor_ln1495_25_fu_1660_p2}, {10'd0}};

assign tmp_79_fu_1692_p3 = data_26_V_read[32'd15];

assign tmp_7_fu_396_p3 = data_2_V_read[32'd15];

assign tmp_80_fu_1706_p3 = data_26_V_read[32'd15];

assign tmp_81_fu_1720_p3 = {{xor_ln1495_26_fu_1714_p2}, {10'd0}};

assign tmp_82_fu_1746_p3 = data_27_V_read[32'd15];

assign tmp_83_fu_1760_p3 = data_27_V_read[32'd15];

assign tmp_84_fu_1774_p3 = {{xor_ln1495_27_fu_1768_p2}, {10'd0}};

assign tmp_85_fu_1800_p3 = data_28_V_read[32'd15];

assign tmp_86_fu_1814_p3 = data_28_V_read[32'd15];

assign tmp_87_fu_1828_p3 = {{xor_ln1495_28_fu_1822_p2}, {10'd0}};

assign tmp_88_fu_1854_p3 = data_29_V_read[32'd15];

assign tmp_89_fu_1868_p3 = data_29_V_read[32'd15];

assign tmp_8_fu_410_p3 = data_2_V_read[32'd15];

assign tmp_90_fu_1882_p3 = {{xor_ln1495_29_fu_1876_p2}, {10'd0}};

assign tmp_91_fu_1908_p3 = data_30_V_read[32'd15];

assign tmp_92_fu_1922_p3 = data_30_V_read[32'd15];

assign tmp_93_fu_1936_p3 = {{xor_ln1495_30_fu_1930_p2}, {10'd0}};

assign tmp_94_fu_1962_p3 = data_31_V_read[32'd15];

assign tmp_95_fu_1976_p3 = data_31_V_read[32'd15];

assign tmp_96_fu_1990_p3 = {{xor_ln1495_31_fu_1984_p2}, {10'd0}};

assign tmp_9_fu_424_p3 = {{xor_ln1495_2_fu_418_p2}, {10'd0}};

assign xor_ln1495_10_fu_850_p2 = (tmp_32_fu_842_p3 ^ 1'd1);

assign xor_ln1495_11_fu_904_p2 = (tmp_35_fu_896_p3 ^ 1'd1);

assign xor_ln1495_12_fu_958_p2 = (tmp_38_fu_950_p3 ^ 1'd1);

assign xor_ln1495_13_fu_1012_p2 = (tmp_41_fu_1004_p3 ^ 1'd1);

assign xor_ln1495_14_fu_1066_p2 = (tmp_44_fu_1058_p3 ^ 1'd1);

assign xor_ln1495_15_fu_1120_p2 = (tmp_47_fu_1112_p3 ^ 1'd1);

assign xor_ln1495_16_fu_1174_p2 = (tmp_50_fu_1166_p3 ^ 1'd1);

assign xor_ln1495_17_fu_1228_p2 = (tmp_53_fu_1220_p3 ^ 1'd1);

assign xor_ln1495_18_fu_1282_p2 = (tmp_56_fu_1274_p3 ^ 1'd1);

assign xor_ln1495_19_fu_1336_p2 = (tmp_59_fu_1328_p3 ^ 1'd1);

assign xor_ln1495_1_fu_364_p2 = (tmp_5_fu_356_p3 ^ 1'd1);

assign xor_ln1495_20_fu_1390_p2 = (tmp_62_fu_1382_p3 ^ 1'd1);

assign xor_ln1495_21_fu_1444_p2 = (tmp_65_fu_1436_p3 ^ 1'd1);

assign xor_ln1495_22_fu_1498_p2 = (tmp_68_fu_1490_p3 ^ 1'd1);

assign xor_ln1495_23_fu_1552_p2 = (tmp_71_fu_1544_p3 ^ 1'd1);

assign xor_ln1495_24_fu_1606_p2 = (tmp_74_fu_1598_p3 ^ 1'd1);

assign xor_ln1495_25_fu_1660_p2 = (tmp_77_fu_1652_p3 ^ 1'd1);

assign xor_ln1495_26_fu_1714_p2 = (tmp_80_fu_1706_p3 ^ 1'd1);

assign xor_ln1495_27_fu_1768_p2 = (tmp_83_fu_1760_p3 ^ 1'd1);

assign xor_ln1495_28_fu_1822_p2 = (tmp_86_fu_1814_p3 ^ 1'd1);

assign xor_ln1495_29_fu_1876_p2 = (tmp_89_fu_1868_p3 ^ 1'd1);

assign xor_ln1495_2_fu_418_p2 = (tmp_8_fu_410_p3 ^ 1'd1);

assign xor_ln1495_30_fu_1930_p2 = (tmp_92_fu_1922_p3 ^ 1'd1);

assign xor_ln1495_31_fu_1984_p2 = (tmp_95_fu_1976_p3 ^ 1'd1);

assign xor_ln1495_3_fu_472_p2 = (tmp_11_fu_464_p3 ^ 1'd1);

assign xor_ln1495_4_fu_526_p2 = (tmp_14_fu_518_p3 ^ 1'd1);

assign xor_ln1495_5_fu_580_p2 = (tmp_17_fu_572_p3 ^ 1'd1);

assign xor_ln1495_6_fu_634_p2 = (tmp_20_fu_626_p3 ^ 1'd1);

assign xor_ln1495_7_fu_688_p2 = (tmp_23_fu_680_p3 ^ 1'd1);

assign xor_ln1495_8_fu_742_p2 = (tmp_26_fu_734_p3 ^ 1'd1);

assign xor_ln1495_9_fu_796_p2 = (tmp_29_fu_788_p3 ^ 1'd1);

assign xor_ln1495_fu_310_p2 = (tmp_2_fu_302_p3 ^ 1'd1);

assign zext_ln1495_10_fu_864_p1 = tmp_33_fu_856_p3;

assign zext_ln1495_11_fu_918_p1 = tmp_36_fu_910_p3;

assign zext_ln1495_12_fu_972_p1 = tmp_39_fu_964_p3;

assign zext_ln1495_13_fu_1026_p1 = tmp_42_fu_1018_p3;

assign zext_ln1495_14_fu_1080_p1 = tmp_45_fu_1072_p3;

assign zext_ln1495_15_fu_1134_p1 = tmp_48_fu_1126_p3;

assign zext_ln1495_16_fu_1188_p1 = tmp_51_fu_1180_p3;

assign zext_ln1495_17_fu_1242_p1 = tmp_54_fu_1234_p3;

assign zext_ln1495_18_fu_1296_p1 = tmp_57_fu_1288_p3;

assign zext_ln1495_19_fu_1350_p1 = tmp_60_fu_1342_p3;

assign zext_ln1495_1_fu_378_p1 = tmp_6_fu_370_p3;

assign zext_ln1495_20_fu_1404_p1 = tmp_63_fu_1396_p3;

assign zext_ln1495_21_fu_1458_p1 = tmp_66_fu_1450_p3;

assign zext_ln1495_22_fu_1512_p1 = tmp_69_fu_1504_p3;

assign zext_ln1495_23_fu_1566_p1 = tmp_72_fu_1558_p3;

assign zext_ln1495_24_fu_1620_p1 = tmp_75_fu_1612_p3;

assign zext_ln1495_25_fu_1674_p1 = tmp_78_fu_1666_p3;

assign zext_ln1495_26_fu_1728_p1 = tmp_81_fu_1720_p3;

assign zext_ln1495_27_fu_1782_p1 = tmp_84_fu_1774_p3;

assign zext_ln1495_28_fu_1836_p1 = tmp_87_fu_1828_p3;

assign zext_ln1495_29_fu_1890_p1 = tmp_90_fu_1882_p3;

assign zext_ln1495_2_fu_432_p1 = tmp_9_fu_424_p3;

assign zext_ln1495_30_fu_1944_p1 = tmp_93_fu_1936_p3;

assign zext_ln1495_31_fu_1998_p1 = tmp_96_fu_1990_p3;

assign zext_ln1495_3_fu_486_p1 = tmp_12_fu_478_p3;

assign zext_ln1495_4_fu_540_p1 = tmp_15_fu_532_p3;

assign zext_ln1495_5_fu_594_p1 = tmp_18_fu_586_p3;

assign zext_ln1495_6_fu_648_p1 = tmp_21_fu_640_p3;

assign zext_ln1495_7_fu_702_p1 = tmp_24_fu_694_p3;

assign zext_ln1495_8_fu_756_p1 = tmp_27_fu_748_p3;

assign zext_ln1495_9_fu_810_p1 = tmp_30_fu_802_p3;

assign zext_ln1495_fu_324_p1 = tmp_3_fu_316_p3;

endmodule //relu_max_ap_fixed_ap_fixed_1_relu1_config9_s